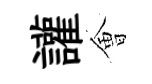
讙㑹